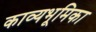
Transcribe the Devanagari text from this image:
काव्यभूमिका